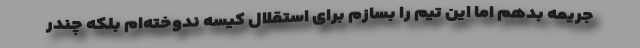
جریمه بدهم اما این تیم را بسازم برای استقلال کیسه ندوخته‌ام بلکه چندر